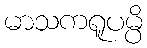
မာသကရူပမ္ပိ